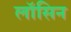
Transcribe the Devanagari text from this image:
लॉसिन